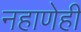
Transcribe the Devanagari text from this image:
नहाणेही